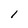
Character: 1